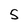
Character: 5